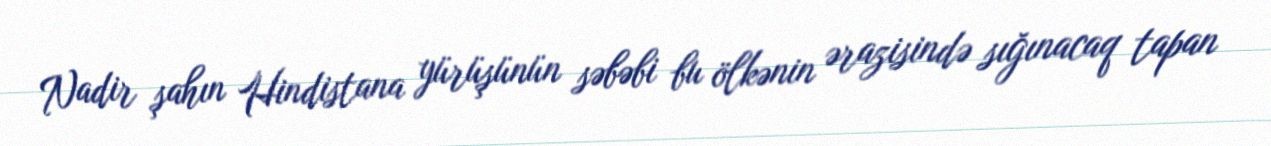
Nadir şahın Hindistana yürüşünün səbəbi bu ölkənin ərazisində sığınacaq tapan